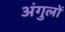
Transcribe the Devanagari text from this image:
अंगुलों